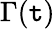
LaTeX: \Gamma(\mathtt{t})